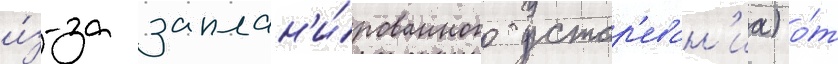
и́з-за заплан'и́рованного устар'еван'иа) о́т